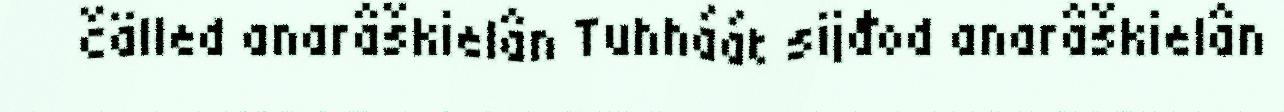
čälled anarâškielân Tuhháát sijđod anarâškielân